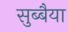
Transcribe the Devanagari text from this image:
सुब्बैया